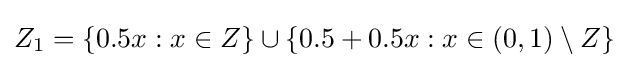
\displaystyle Z_{1}=\{0.5x:x\in Z\}\cup \{0.5+0.5x:x\in (0,1)\setminus Z\}